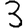
Digit: 3